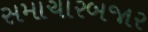
સમાચારબજાર